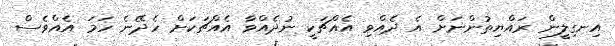
އިނގިލީން ރައްޔިތުންނަށް އެ ދެއްވި އެއްޗަކީ ނުދެއްވާ އެއްޗަކަށް ހެދޭނެ ހަމަ އެއްވެސް